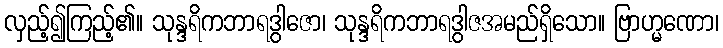
လှည့်၍ကြည့်၏။ သုန္ဒရိကဘာရဒွါဇော၊ သုန္ဒရိကဘာရဒွါဇအမည်ရှိသော။ ဗြာဟ္မဏော၊